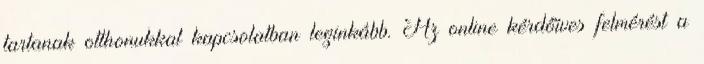
tartanak otthonukkal kapcsolatban leginkább. Az online kérdőíves felmérést a